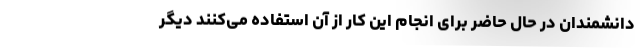
دانشمندان در حال حاضر برای انجام این کار از آن استفاده می‌کنند دیگر